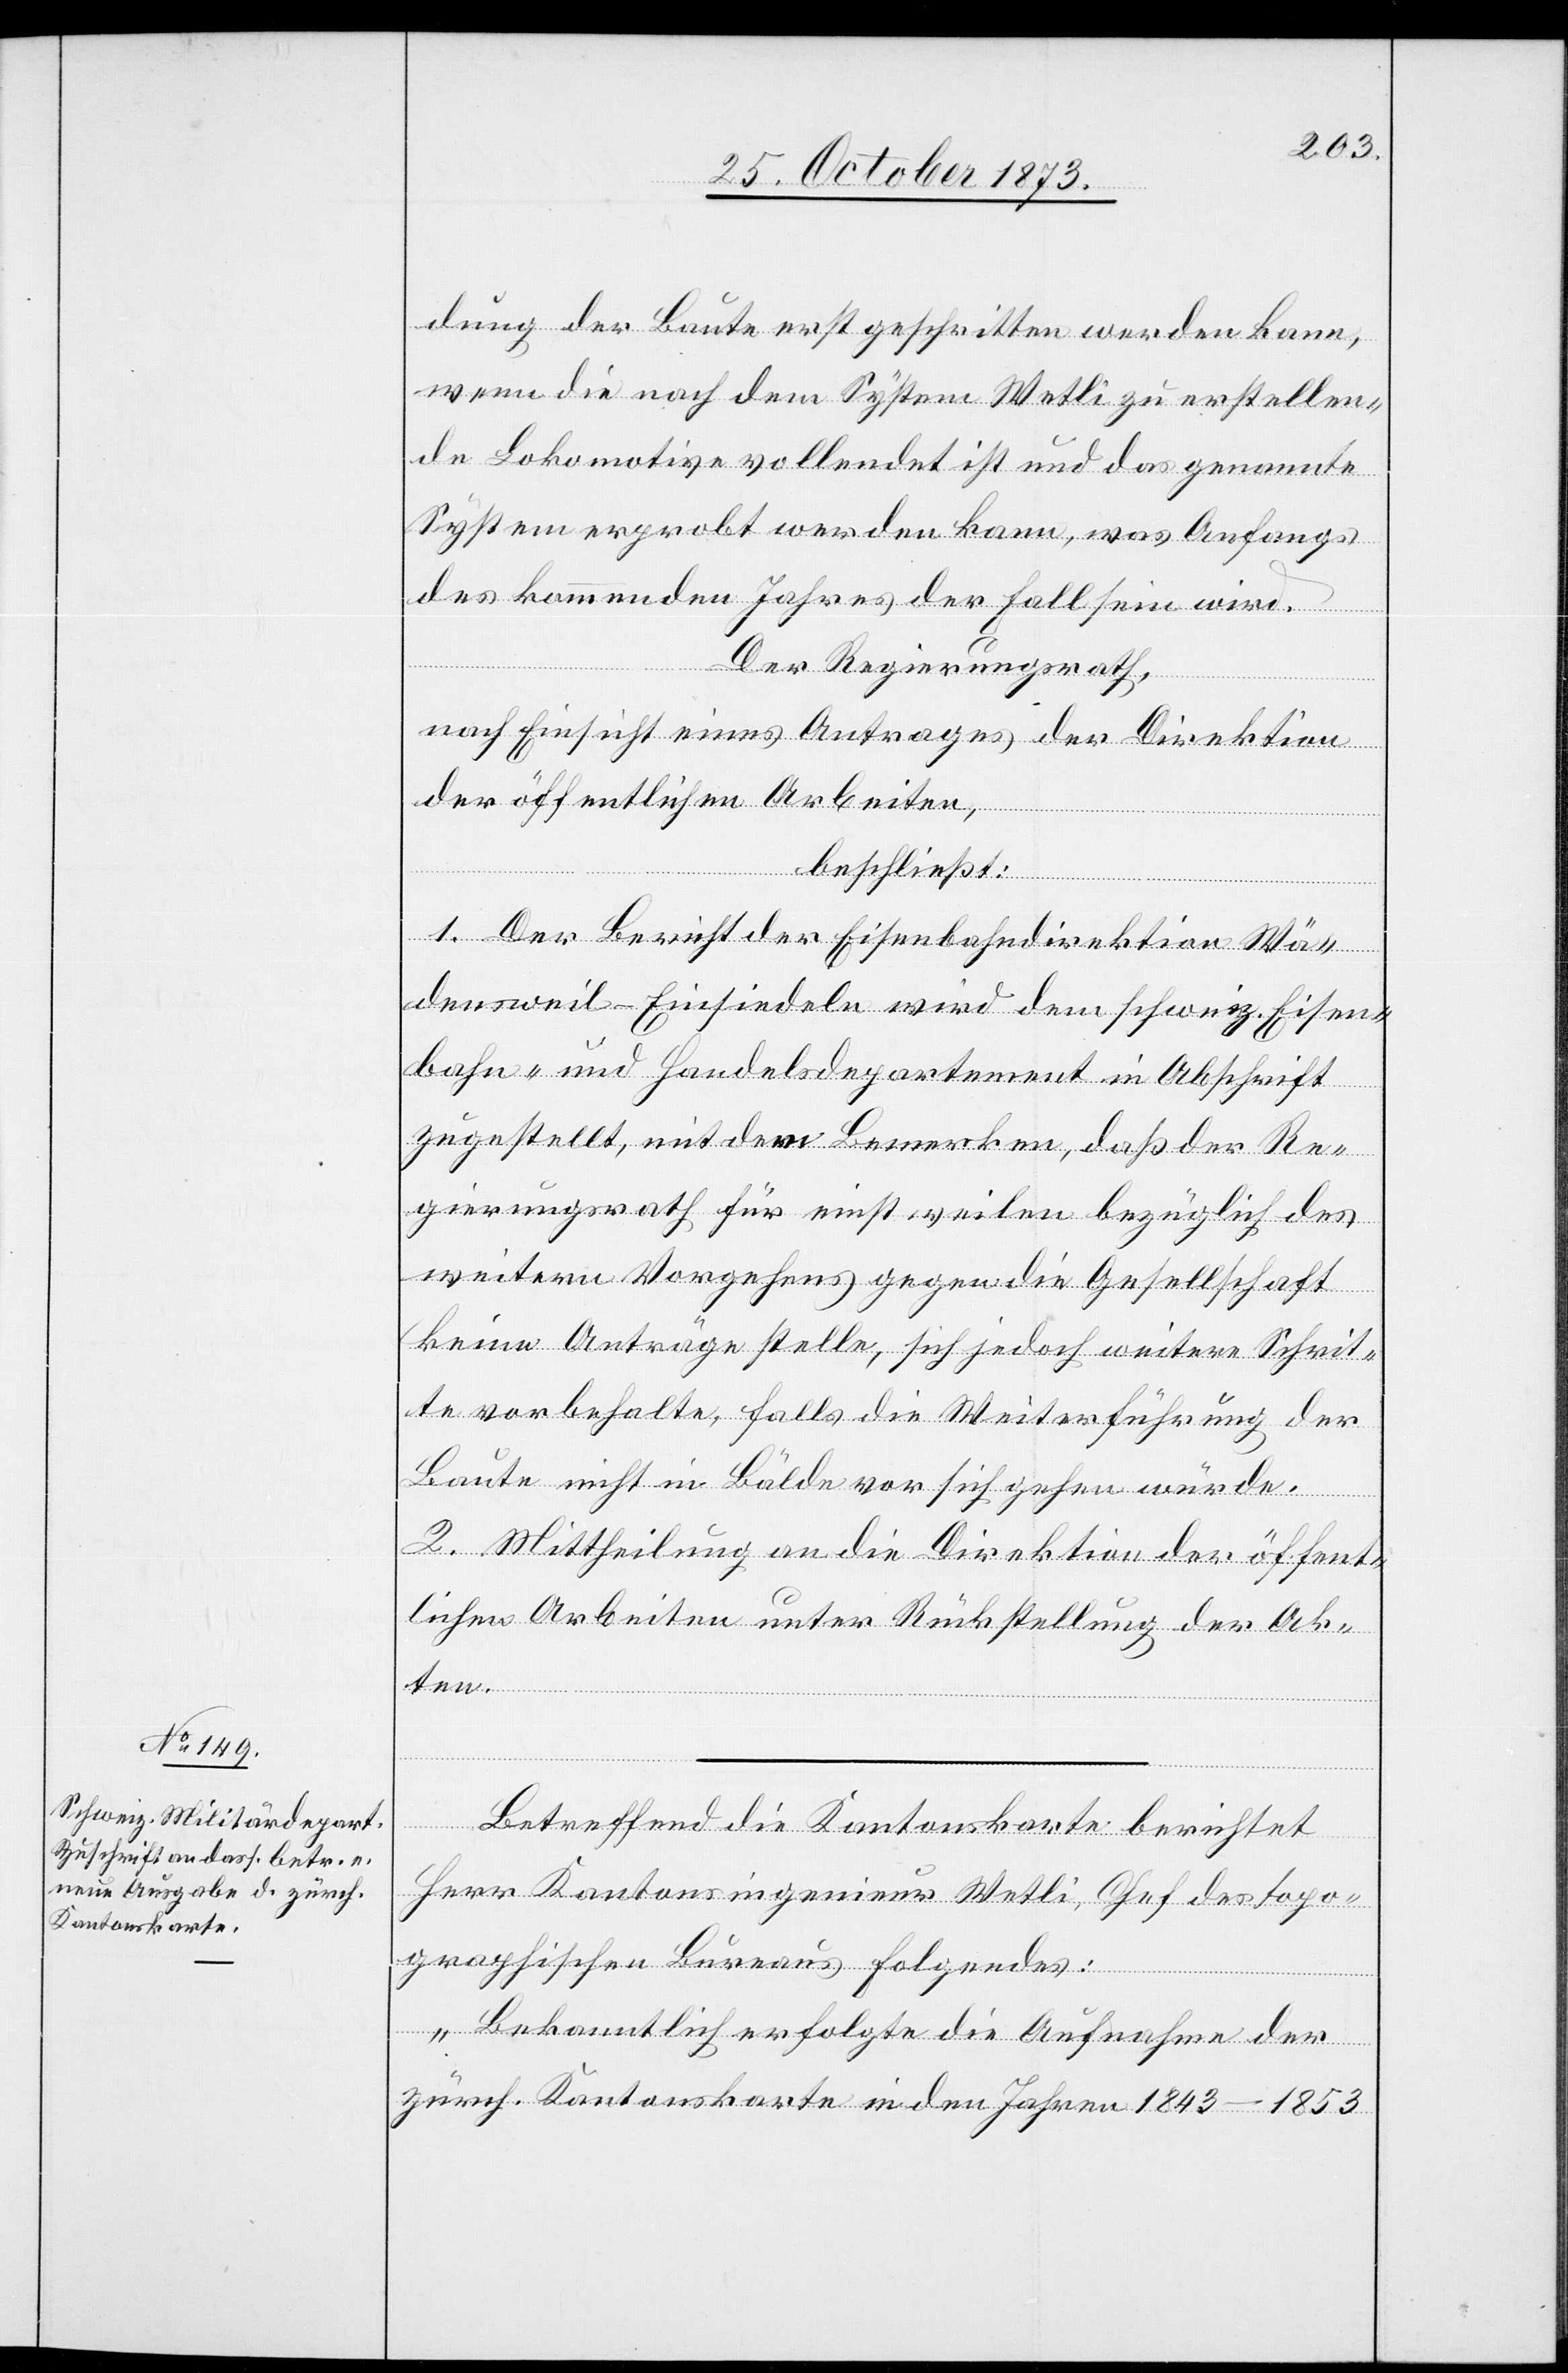
dung der Baute erst geschritten werden kann,
wenn die nach dem System Wetli zu erstellen¬
de Lokomotive vollendet ist und das genannte
System erprobt werden kann, was Anfangs
des kommenden Jahres der Fall sein wird.
Der Regierungsrath,
nach Einsicht eines Antrages der Direktion
der öffentlichen Arbeiten,
beschließt:
1. Der Bericht der Eisenbahndirektion Wä¬
densweil–Einsiedeln wird dem schweiz. Eisen¬
bahn- und Handelsdepartement in Abschrift
zugestellt, mit dem Bemerken, daß der Re¬
gierungsrath für einstweilen bezüglich des
weitern Vorgehens gegen die Gesellschaft
keine Anträge stelle, sich jedoch weitere Schrit¬
te vorbehalte, falls die Weiterführung der
Baute nicht in Bälde vor sich gehen würde.
2. Mittheilung an die Direktion der öffent¬
lichen Arbeiten unter Rückstellung der Ak¬
ten.
Betreffend die Kantonskarte berichtet
Herr Kantonsingenieur Wetli, Chef des topo¬
graphischen Bureaus Folgendes:
„Bekanntlich erfolgte die Aufnahme der
zürch. Kantonskarte in den Jahre 1843–1853